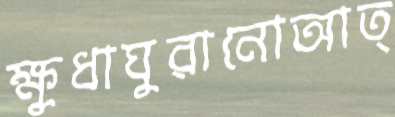
ক্ষুধাঘুরানোআত্